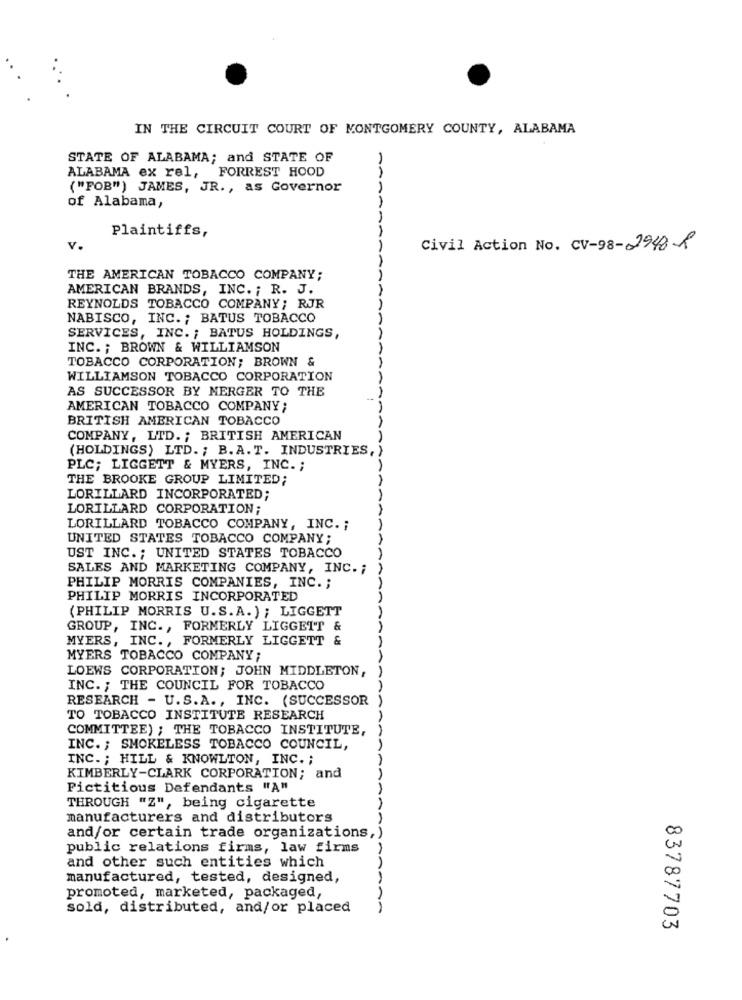
IN THE CIRCUIT COURT OF MONTGOMERY COUNTY, ALABAMA
STATE OF ALABAMA; and STATE OF
1
ALABAMA ex rel, FORREST HOOD
("FOB") JAMES, JR. , as Governor
of Alabama,
Plaintiffs,
AAAAAA
v.
Civil Action No. CV-98-2948-R
THE AMERICAN TOBACCO COMPANY;
AMERICAN BRANDS, INC. ; R. J.
REYNOLDS TOBACCO COMPANY; RJR
NABISCO, INC. ; BATUS TOBACCO
SERVICES, INC. ; BATUS HOLDINGS,
INC .; BROWN & WILLIAMSON
TOBACCO CORPORATION; BROWN &
AAA
WILLIAMSON TOBACCO CORPORATION
AS SUCCESSOR BY MERGER TO THE
AMERICAN TOBACCO COMPANY;
BRITISH AMERICAN TOBACCO
COMPANY, LTD. ; BRITISH AMERICAN
(HOLDINGS) LTD. ; B. A. T. INDUSTRIES
PLC; LIGGETT & MYERS, INC. ;
THE BROOKE GROUP LIMITED;
LORILLARD INCORPORATED;
LORILLARD CORPORATION;
LORILLARD TOBACCO COMPANY, INC. ;
UNITED STATES TOBACCO COMPANY;
UST INC .; UNITED STATES TOBACCO
SALES AND MARKETING COMPANY, INC. ;
PHILIP MORRIS COMPANIES, INC. ;
PHILIP MORRIS INCORPORATED
AAAAAAAAAA
(PHILIP MORRIS U.S.A.) ; LIGGETT
-
GROUP, INC ., FORMERLY LIGGEIT &
MYERS, INC. , FORMERLY LIGGETT &
MYERS TOBACCO COMPANY;
LOEWS CORPORATION; JOHN MIDDLETON,
INC. ; THE COUNCIL FOR TOBACCO
RESEARCH - U.S.A ., INC. (SUCCESSOR
TO TOBACCO INSTITUTE RESEARCH
COMMITTEE) ; THE TOBACCO INSTITUTE,
INC. ; SMOKELESS TOBACCO COUNCIL,
INC. ; HILL & KNOWLTON, INC. ;
KIMBERLY-CLARK CORPORATION; and
Fictitious Defendants "A"
THROUGH "Z", being cigarette
manufacturers and distributors
and/or certain trade organizations,)
public relations firms, law firms
and other such entities which
manufactured, tested, designed,
promoted, marketed, packaged,
sold, distributed, and/or placed
83787703